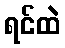
ရင်ထဲ